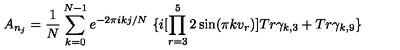
A _ { n _ { j } } = \frac { 1 } { N } \sum _ { k = 0 } ^ { N - 1 } e ^ { - 2 \pi i k j / N } \ \{ i [ \prod _ { r = 3 } ^ { 5 } 2 \sin ( \pi k v _ { r } ) ] T r \gamma _ { k , 3 } + T r \gamma _ { k , 9 } \}